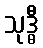
သုဒ္ဓီ